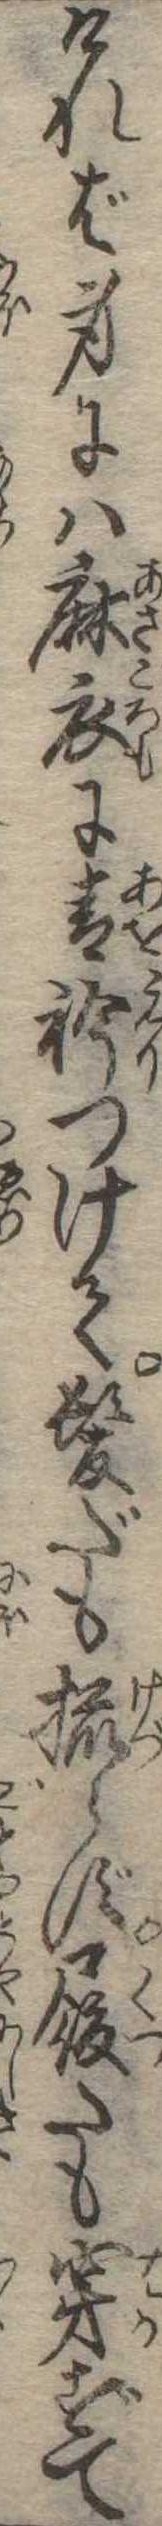
ければ身には麻衣に青衿つけて髪だも梳らず履だも穿ずて